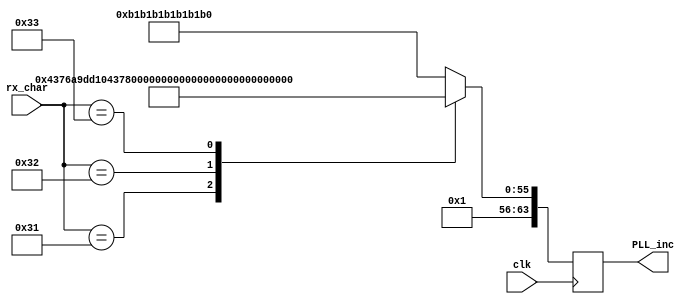

module frequency_select
			(input wire               clk,
			input wire [7:0]  rx_char,
			output reg [63:0]  PLL_inc
			);


	always @(posedge clk)
	begin
		
      case (rx_char)
        8'd 48 :
          begin
			  // tasto 0
			PLL_inc <= 64'h 1B1B1B1B1B1B1B1;
          end

        8'd 49 :
          begin
			  //tasto 1
			PLL_inc <= 64'h 104376A9DD10437;
          end 
		 8'd 50 :
          begin
			  //tasto 1
			PLL_inc <= 64'h 19c0268cf359c02;
          end 
		  8'd 51 :
          begin
			  //tasto 1
			PLL_inc <= 64'h 1d00d7e21f90340;
          end 
		  default :
          begin
			  //tasto 1
			PLL_inc <= 64'h 1B1B1B1B1B1B1B1;
          end 
        endcase 
	end
		
endmodule